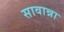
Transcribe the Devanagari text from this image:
सावान्ना